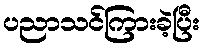
ပညာသင်ကြားခဲ့ပြီး